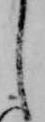
し